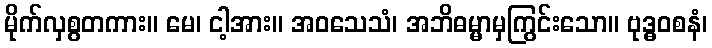
မိုက်လှစွတကား။ မေ၊ ငါ့အား။ အဝသေသံ၊ အဘိဓမ္မာမှကြွင်းသော။ ဗုဒ္ဓဝစနံ၊